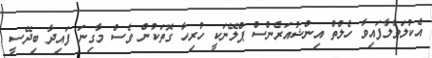
އެކުލަވާލާފައިވާ ހެލްތް އިންޝުއަރެންސް ޕްލޭނަކީ ހުރިހާ ގޮތަކުން ވެސް މާގިނަ ފައިދާ ބިދޭސީ